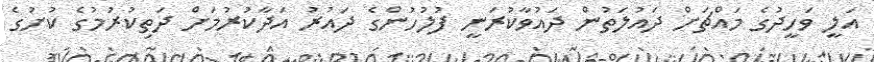
އަލީ ވަހީދުގެ މައްޗަށް ދައުލަތުން ދައުވާކުރަނީ ފުލުހުންގެ ދައުރު އަދާކުރުމަށް ދަތިކުރުމުގެ ކުށުގެ